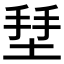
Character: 𱗄